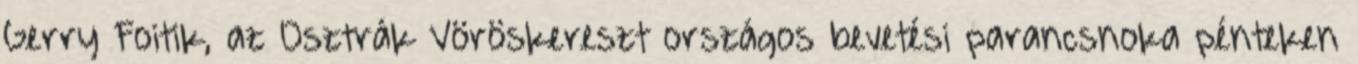
Gerry Foitik, az Osztrák Vöröskereszt országos bevetési parancsnoka pénteken